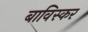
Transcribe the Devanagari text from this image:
बाविस्कर